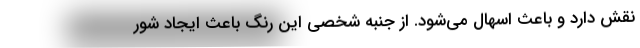
نقش دارد و باعث اسهال می‌شود. از جنبه شخصی این رنگ باعث ایجاد شور